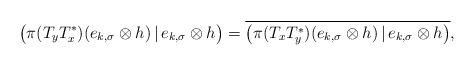
\begin{align*}\big(\pi(T_yT_x^*)(e_{k,\sigma}\otimes h)\,|\,e_{k,\sigma}\otimes h\big)=\overline{\big(\pi(T_xT_y^*)(e_{k,\sigma}\otimes h)\,|\,e_{k,\sigma}\otimes h\big)},\end{align*}